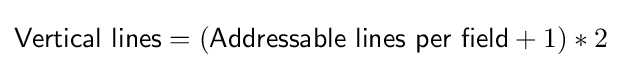
{\mathsf {Vertical\ lines}}=({\mathsf {Addressable\ lines\ per\ field}}+1)*2